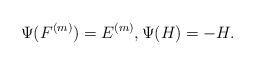
LaTeX: \begin{gather*}\Psi (F^{(m)})=E^{(m)},\Psi(H)=- H.\end{gather*}